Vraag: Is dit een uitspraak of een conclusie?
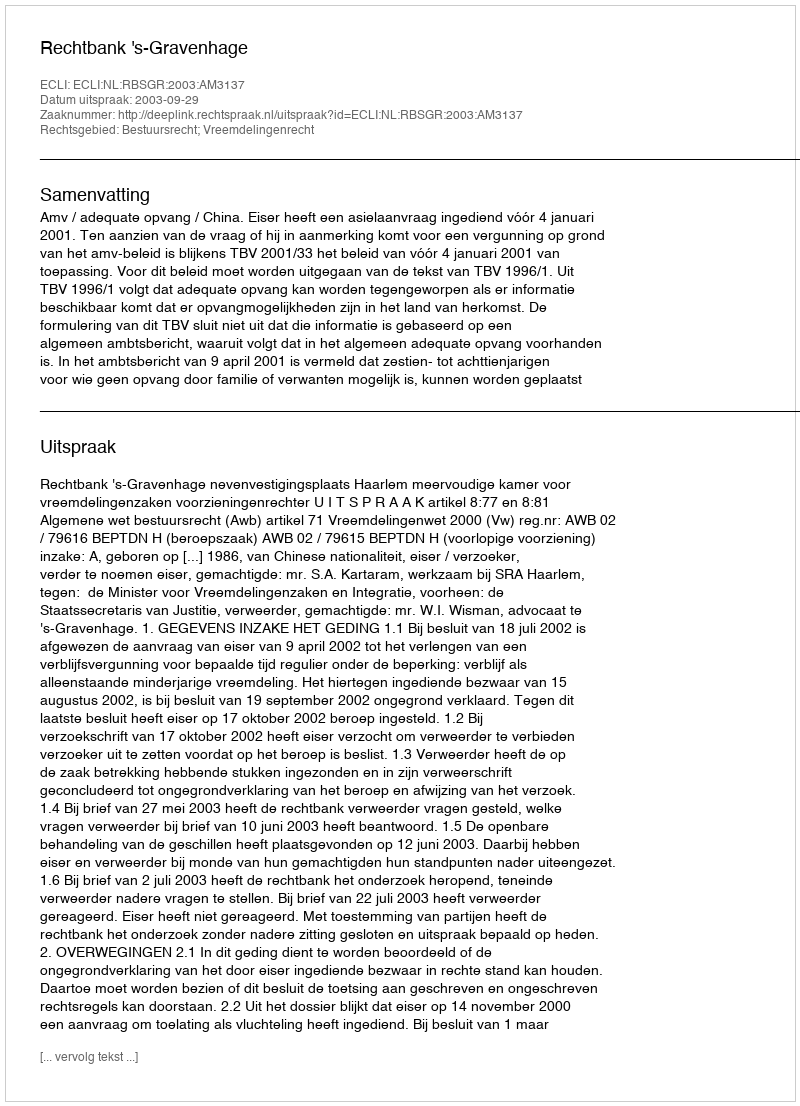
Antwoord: Uitspraak